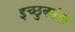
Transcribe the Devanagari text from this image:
इच्छुकांना